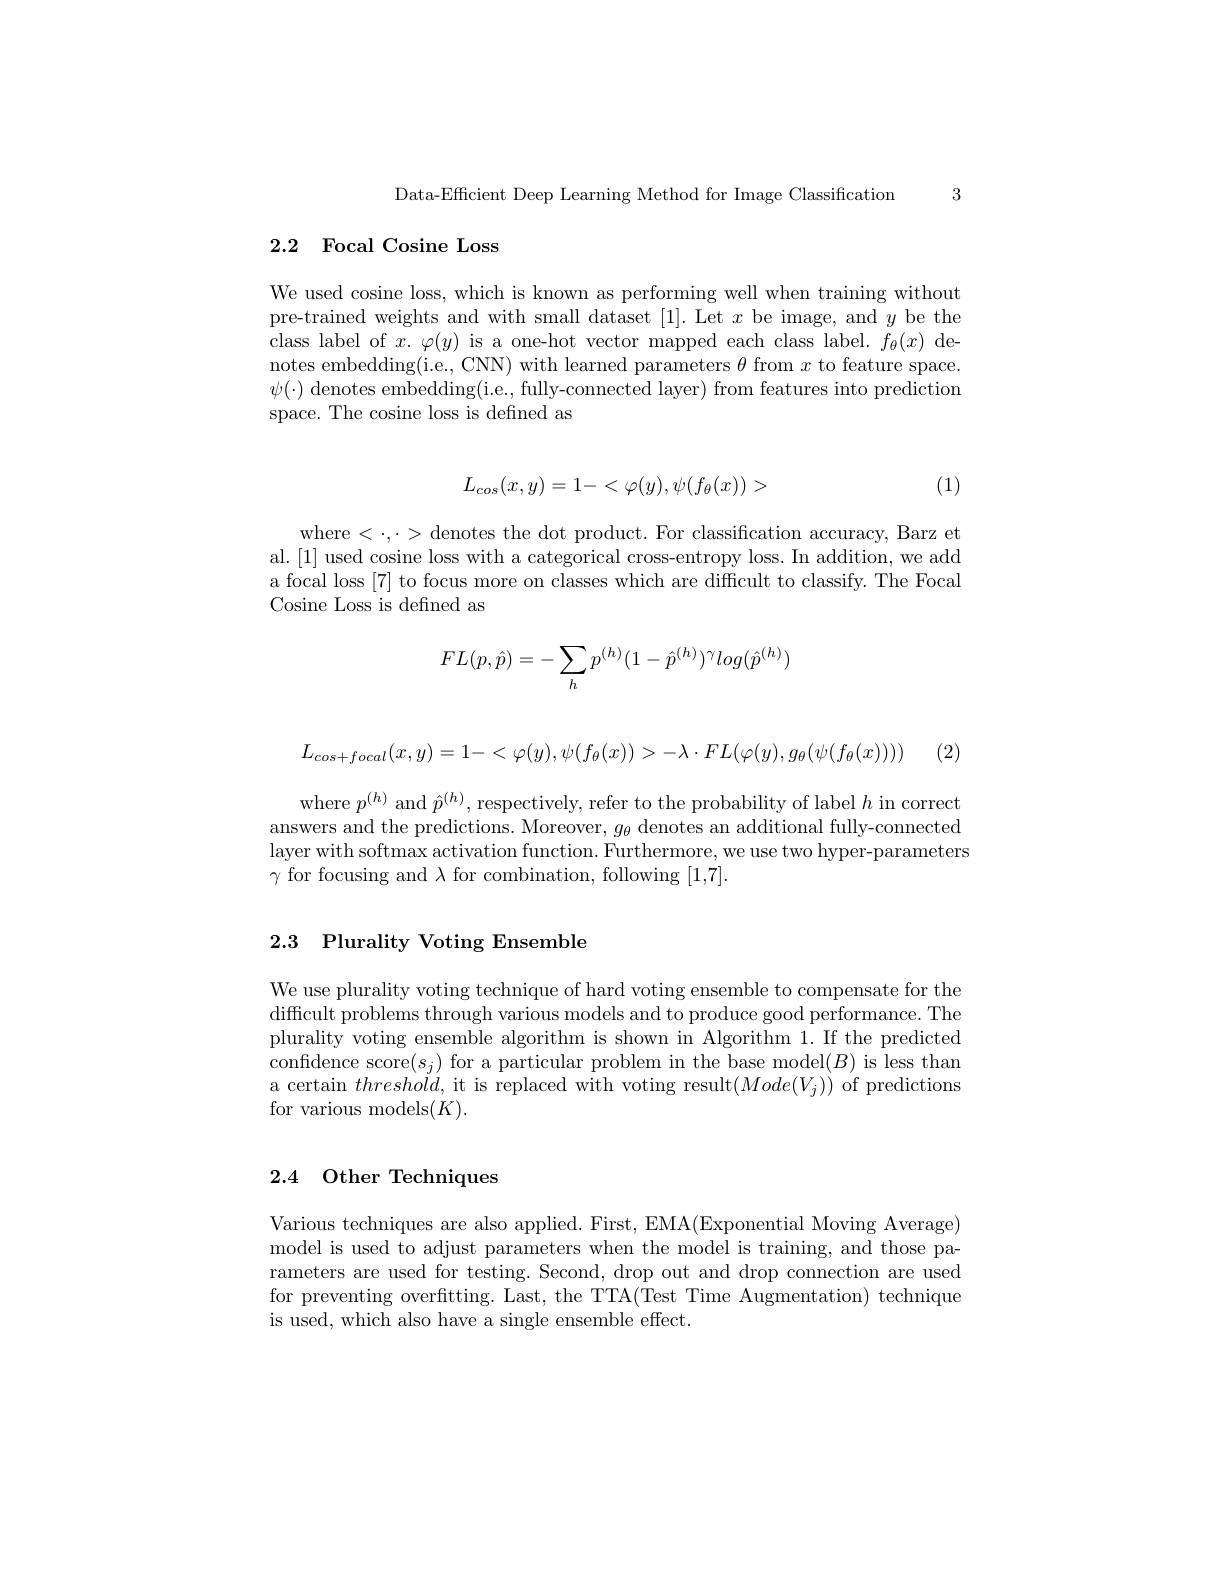
Data-Efficient Deep Learning Method for Image Classification 3

## 2.2 Focal Cosine Loss

We used cosine loss, which is known as performing well when training without $\begin{array}{l}{\mathrm{pre-trained~weights~and~with~small~dataset~[1].~Let~}x~be~image,~and~}y~\mathrm{be~the}\\{\mathrm{class~label~of~}x.~\varphi(y)~\mathrm{is~a~one-hot~vector~mapped~each~class~label.~}f_{\theta}(x)~\mathrm{de-}}\end{array}$ notes embedding(i.e., CNN) with learned parameters $\theta$ from $x$ to feature space $\psi(\cdot)$ denotes embedding(i.e., fully-connected layer) from features into prediction space. The cosine loss is defined as
$$L_{cos}(x,y)=1-<\varphi(y),\psi(f_{\theta}(x))>$$
(1)

where $<\cdot,\cdot>$denotes the dot product. For classification accuracy, Barz et al.[1] used cosine loss with a categorical cross-entropy loss. In addition, we add a focal loss [7] to focus more on classes which are difficult to classify. The Focal Cosine Loss is defined as
$$FL(p,\hat{p})=-\sum_hp^{(h)}(1-\hat{p}^{(h)})^\gamma log(\hat{p}^{(h)})$$
$$L_{cos+focal}(x,y)=1-<\varphi(y),\psi(f_\theta(x))>-\lambda\cdot FL(\varphi(y),g_\theta(\psi(f_\theta(x))))$$
(2,

where $p^{(h)}$ and $\hat{p}^{(h)}$,respectively, refer to the probability of label $h$ in correct answers and the predictions. Moreover, $g_\theta$ denotes an additional fully-connected layer with softmax activation function. Furthermore, we use two hyper-parameters $\gamma$ for focusing and $\lambda$ for combination, following [1,7].

# 2.3 Plurality Voting Ensemble

We use plurality voting technique of hard voting ensemble to compensate for the difficult problems through various models and to produce good performance. The plurality voting ensemble algorithm is shown in Algorithm 1. If the predicted confidence score$(s_j)$ for a particular problem in the base model$(B)$ is less than a certain $threshold$, it is replaced with voting result$(Mode(V_{j}))$ of predictions for various models$(K).$

## 2.4 Other Techniques

Various techniques are also applied. First, EMA(Exponential Moving Average) model is used to adjust parameters when the model is training, and those parameters are used for testing. Second, drop out and drop connection are used for preventing overfitting. Last, the TTA(Test Time Augmentation) technique is used, which also have a single ensemble effect.